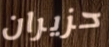
حزيران